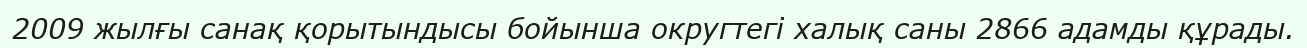
2009 жылғы санақ қорытындысы бойынша округтегі халық саны 2866 адамды құрады.